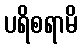
ပရိစရာမိ